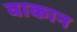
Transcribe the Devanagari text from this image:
वाकान